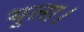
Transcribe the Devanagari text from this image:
भूला।